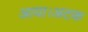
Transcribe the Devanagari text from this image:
आया।अटक